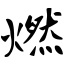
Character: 燃